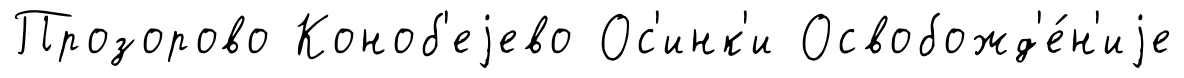
Прозорово Коноб'еjево Ос'инк'и Освобожд'е́н'иjе